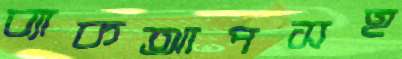
ব্যাকআপসহ